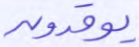
يوقدون